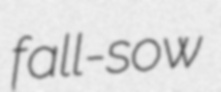
fall-sow